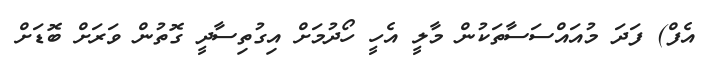
އެފް) ފަދަ މުއައްސަސާތަކުން މާލީ އެހީ ހޯދުމަށް އިގުތިސާދީ ގޮތުން ވަރަށް ބޮޑަށް